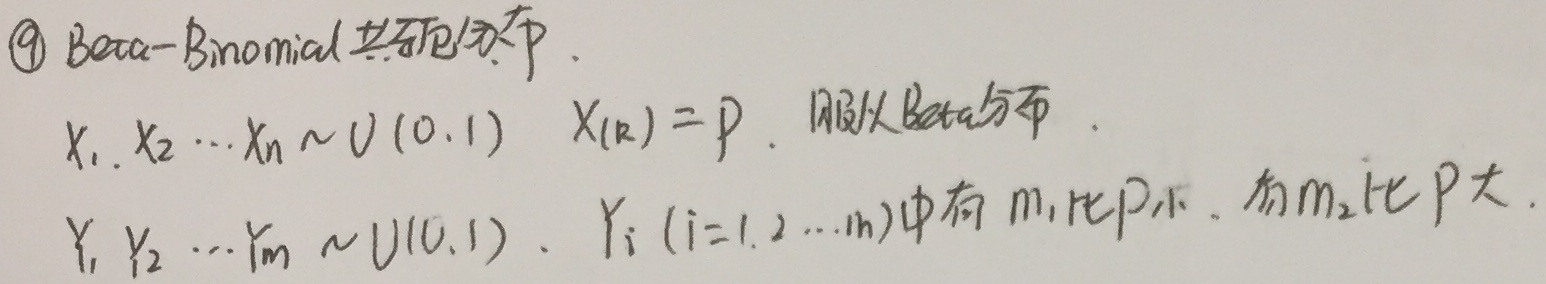
\(\textcircled{9}\) Beta - Binomial共轭分布。\(X_1,X_2,\cdots,X_n\sim U(0,1)\)，\(X_{(k)} = p\)，服从Beta分布。\(Y_1,Y_2,\cdots,Y_m\sim U(0,1)\)，\(Y_i\ (i = 1,2,\cdots,m)\)中有 \(m_1\)比\(p\)小，有\(m_2\)比\(p\)大。